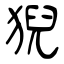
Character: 猊